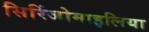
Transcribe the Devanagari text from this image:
सिरिंजोमाइलिया